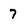
Character: 7